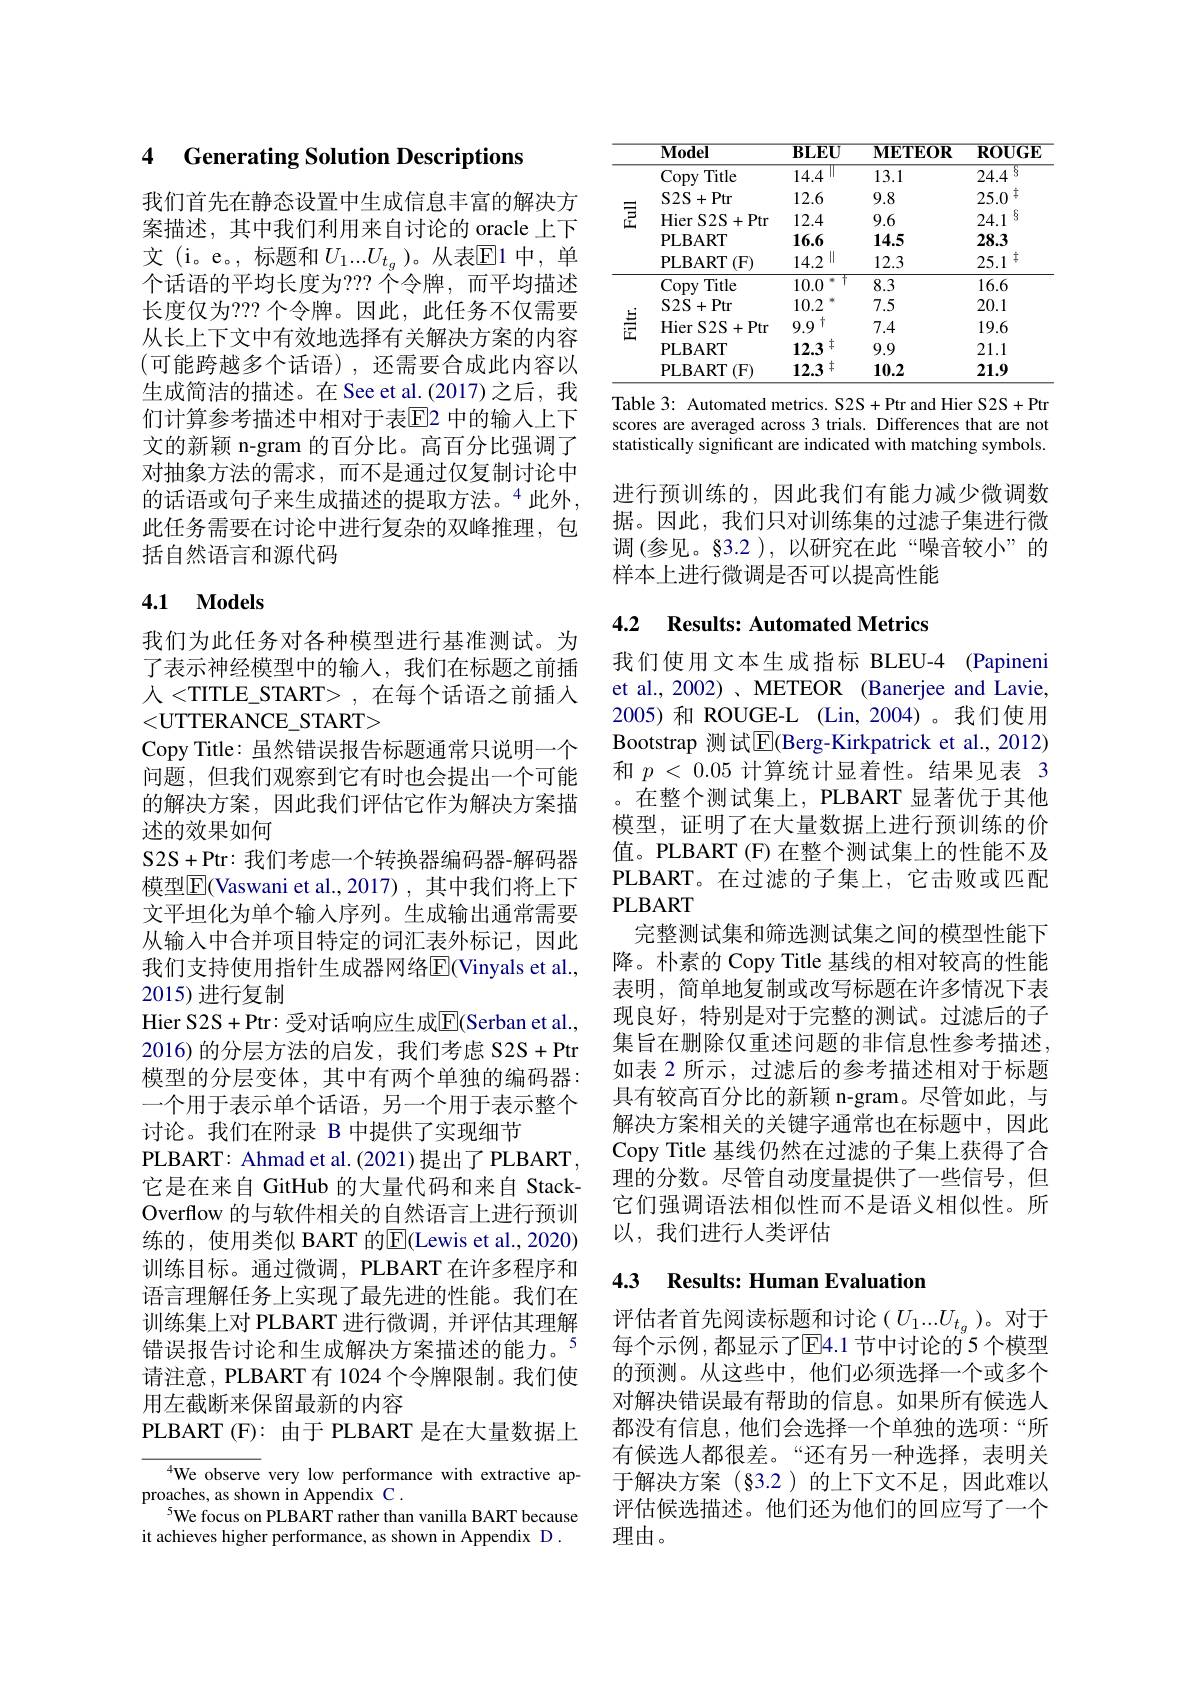
### 4 Generating Solution Descriptions

我们首先在静态设置中生成信息丰富的解决方案描述，其中我们利用来自讨论的 oracle 上下文 (i。e。, 标题和 $U_1...U_{t_g}$ )。从表$\mathbb{E}$1 中，单个话语的平均长度为？?? 个令牌，而平均描述长度仅为？?? 个令牌。因此，此任务不仅需要从长上下文中有效地选择有关解决方案的内容(可能跨越多个话语),还需要合成此内容以生成简洁的描述。在 See et al.(2017) 之后，我们计算参考描述中相对于表$\overline{\mathrm{E}}$2 中的输入上下文的新颖 n-gram 的百分比。高百分比强调了对抽象方法的需求，而不是通过仅复制讨论中的话语或句子来生成描述的提取方法。“此外， 此任务需要在讨论中进行复杂的双峰推理，包括自然语言和源代码

# 4.1 Models

我们为此任务对各种模型进行基准测试。为了表示神经模型中的输人，我们在标题之前插人 <TITLE\_START> , 在每个话语之前插入<UTTERANCE\_START>
Copy Title: 虽然错误报告标题通常只说明一个问题，但我们观察到它有时也会提出一个可能的解决方案，因此我们评估它作为解决方案描述的效果如何
S2S+ Ptr: 我们考虑一个转换器编码器-解码器模型$\overline{\mathbb{E}}($Vaswani et al.,2017),其中我们将上下文平坦化为单个输入序列。生成输出通常需要从输入中合并项目特定的词汇表外标记，因此我们支持使用指针生成器网络E(Vinyals et al., 2015)进行复制
Hier S2S+ Ptr: 受 对 话 响 应 生 成 E( Serban et al. , 2016)的分层方法的启发，我们考虑 S2S+Ptr 模型的分层变体，其中有两个单独的编码器： 一个用于表示单个话语，另一个用于表示整个讨论。我们在附录 B 中提供了实现细节
PLBART: Ahmad et al. ( 2021) 提 出 了 PLBART, 它是在来自 GitHub 的大量代码和来自 StackOverflow 的与软件相关的自然语言上进行预训练的，使用类似 BART 的$\overline{\mathrm{E}}($Lewis et al.,2020) 训练目标。通过微调，PLBART 在许多程序和语言理解任务上实现了最先进的性能。我们在训练集上对 PLBART 进行微调，并评估其理解错误报告讨论和生成解决方案描述的能力。5请注意，PLBART 有 1024 个令牌限制。我们使用左截断来保留最新的内容
PLBART ( F) : 由 于 PLBART 是在大量数据上

We observe very low performance with extractive ap-
proaches, as shown in Appendix C .
5We focus on PLBART rather than vanilla BART because
it achieves higher performance, as shown in Appendix D .

<table>
	<tbody>
		<tr>
			<th> </th>
			<th>$\mathbf{Model}$</th>
			<th>$\mathbf{BLEU}$</th>
			<th>$\mathbf{METEOR}$</th>
			<th>$\mathbf{ROUGE}$</th>
		</tr>
		<tr>
			<td rowspan="5">$豆$</td>
			<td>Copy Title</td>
			<td>14.4</td>
			<td>13.1</td>
			<td>5 24.4</td>
		</tr>
		<tr>
			<td>$S2S$ . +Ptr</td>
			<td>12.6</td>
			<td>9.8</td>
			<td>十 25.0</td>
		</tr>
		<tr>
			<td>Hier $\mathbf{r}$ $\mathbf{S} 2\mathbf{S} +$Ptr</td>
			<td>12.4</td>
			<td>9.6</td>
			<td>$\S$ 24.1</td>
		</tr>
		<tr>
			<td>PLBART</td>
			<td>16.6</td>
			<td>14.5</td>
			<td>28.3</td>
		</tr>
		<tr>
			<td>PLBART (F)</td>
			<td>$\|$ 14.2</td>
			<td>12.3</td>
			<td>十 25.1</td>
		</tr>
		<tr>
			<td rowspan="5">壹</td>
			<td>Copy Title</td>
			<td>10.0 $*\uparrow$</td>
			<td>8.3</td>
			<td>16.6</td>
		</tr>
		<tr>
			<td>S2S+ Ptr</td>
			<td>10.2</td>
			<td>7.5</td>
			<td>20.1</td>
		</tr>
		<tr>
			<td>Hier S2S+ Ptr</td>
			<td>十 9.9</td>
			<td>7.4</td>
			<td>19.6</td>
		</tr>
		<tr>
			<td>PLBART</td>
			<td>$\ddagger$ 12.3</td>
			<td>9.9</td>
			<td>21.1</td>
		</tr>
		<tr>
			<td>PLBART $(\mathbf{F})$</td>
			<td>$3\neq$ 12.3</td>
			<td>10.2</td>
			<td>21.9</td>
		</tr>
	</tbody>
</table>

Table 3: Automated metrics. S2S+Ptr and Hier S2S+Ptr scores are averaged across 3 trials. Differences that are not statistically significant are indicated with matching symbols.

进行预训练的，因此我们有能力减少微调数据。因此，我们只对训练集的过滤子集进行微调 (参见。§3.2 ), 以研究在此“噪音较小”的样本上进行微调是否可以提高性能

## 4.2 Results: Automated Metrics

我们使用文本生成指标 BLEU-4 (Papineni et al., 2002)、METEOR (Banerjee and Lavie, 2005)和 ROUGE-L (Lin,2004)。我们使用Bootstrap 测试$\boxed{\mathrm{E}}$(Berg-Kirkpatrick et al.,2012) 和$p<0.05$计算统计显着性。结果见表 3 。在整个测试集上，PLBART 显著优于其他模型，证明了在大量数据上进行预训练的价值。PLBART(F)在整个测试集上的性能不及PLBART。在 过 滤 的 子 集 上 , 它 击 败 或 匹 配 PLBART
完整测试集和筛选测试集之间的模型性能下降。朴素的 Copy Title 基线的相对较高的性能表明，简单地复制或改写标题在许多情况下表现良好，特别是对于完整的测试。过滤后的子集旨在删除仅重述问题的非信息性参考描述， 如表 2 所示，过滤后的参考描述相对于标题具有较高百分比的新颖 n-gram。尽管如此，与解决方案相关的关键字通常也在标题中，因此Copy Title 基线仍然在过滤的子集上获得了合理的分数。尽管自动度量提供了一些信号，但它们强调语法相似性而不是语义相似性。所以，我们进行人类评估

## 4.3 Results: Human Evaluation

评估者首先阅读标题和讨论$\left(U_1...U_{t_g}\right)$。对于每个示例，都显示了E4.1节中讨论的5个模型的预测。从这些中，他们必须选择一个或多个对解决错误最有帮助的信息。如果所有候选人都没有信息，他们会选择一个单独的选项：“所有候选人都很差。“还有另一种选择，表明关于解决方案(§3.2)的上下文不足，因此难以评估候选描述。他们还为他们的回应写了一个理由。